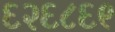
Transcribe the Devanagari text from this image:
६२६८६९